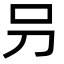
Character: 叧